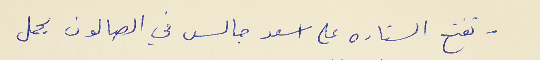
- تفتح الستاره على اسعد جالس في الصالون يحمل